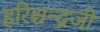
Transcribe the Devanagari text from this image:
हरिश्चन्द्रजी